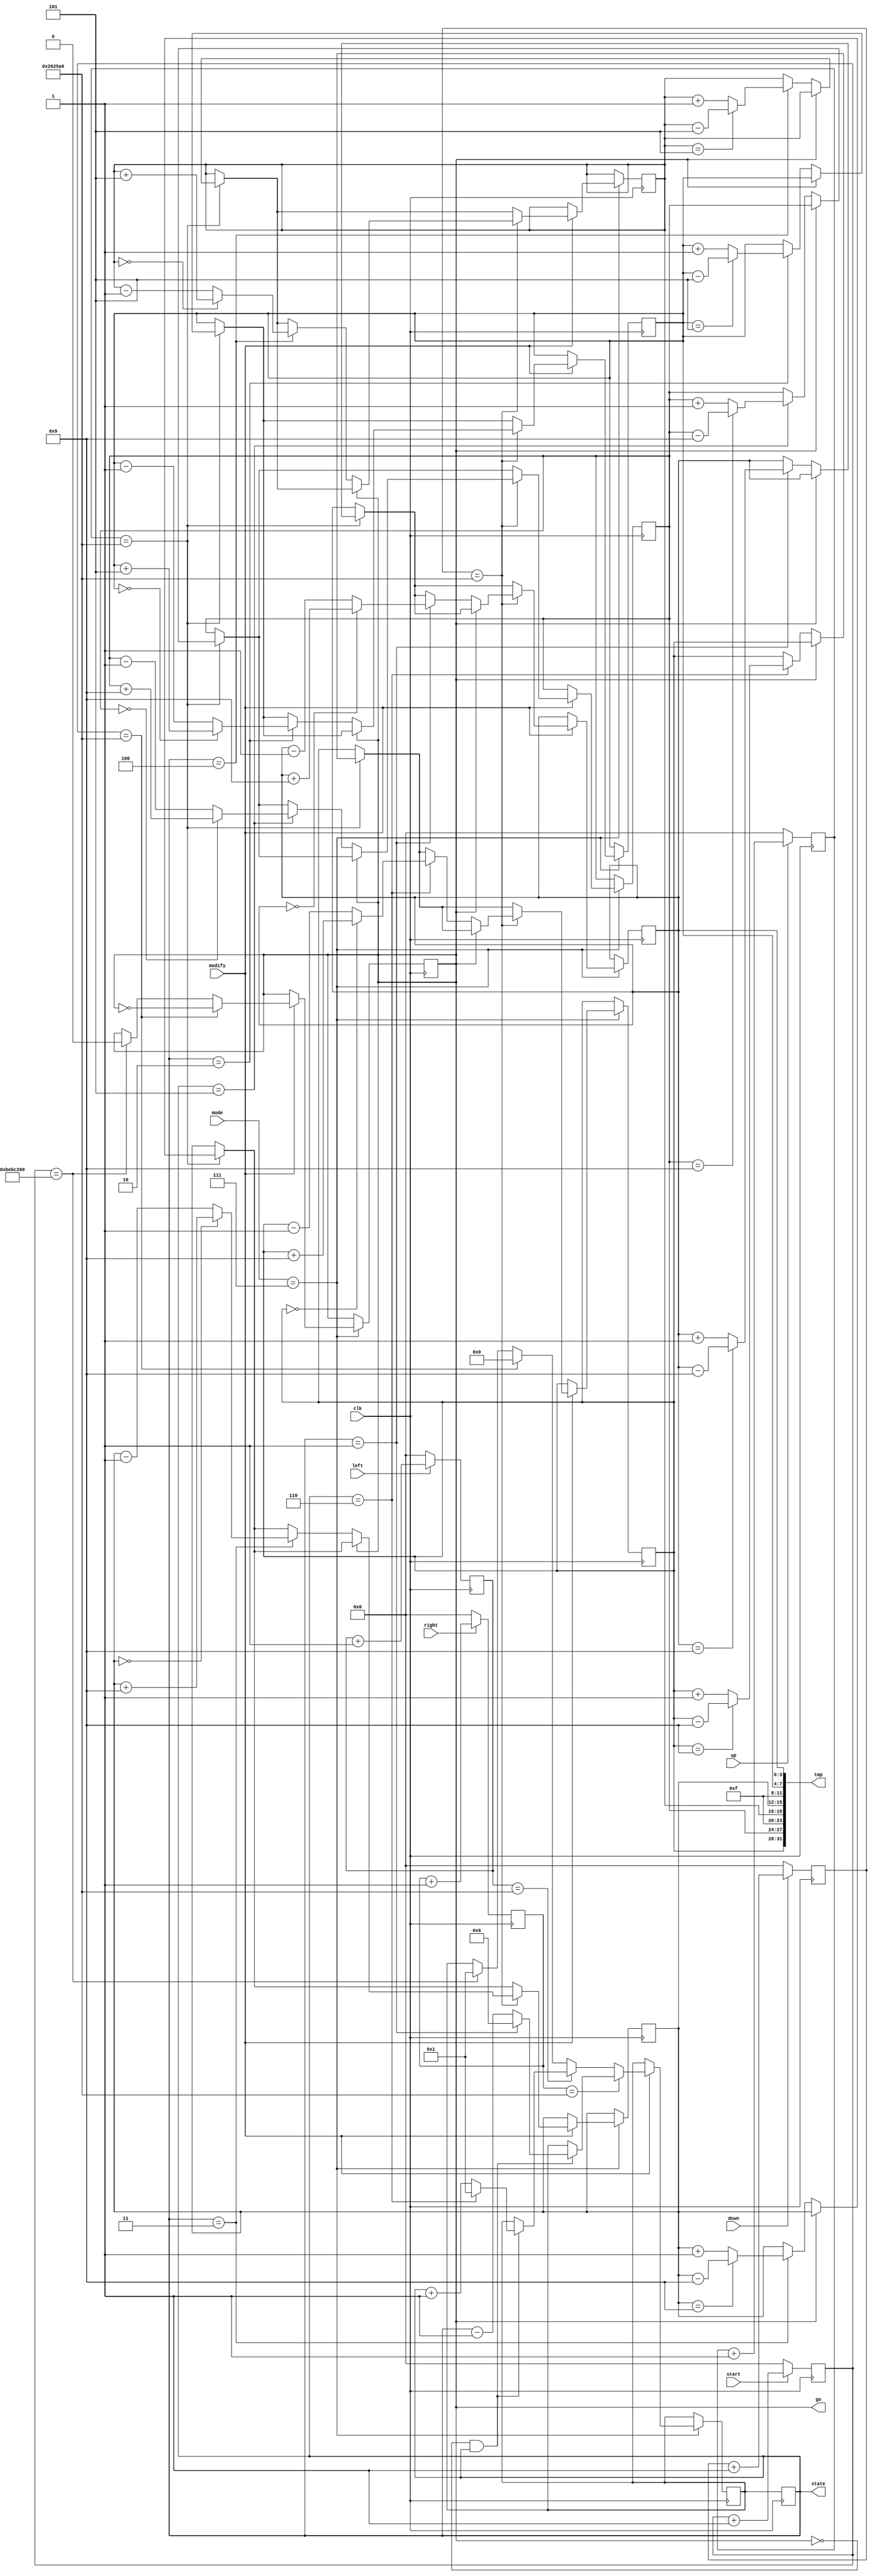
`timescale 1ns / 1ps

module set_countdown(clk,up,down,left,right,start,tmp,state,go,modify,mode);

    input clk,up,down,left,right,start,modify;
    input [3:0]mode;
    output [31:0]tmp;
    output [3:0]state;
    output reg go=0;
    
    
    parameter S0 = 0, 
              S1 = 1,
              S2 = 2,
              S3 = 3,
              S4 = 4,
              S5 = 5,
              S6 = 6, 
              S7 = 7; // end countdown
              
    reg[3:0] hr_10=1,hr_1=9,min_10=4,min_1=9,sec_10=5,sec_1=4;
    reg [31:0]counter=0;
    reg [6:0]min_count=0,hr_count=0;
    reg hr_clk=0,min_clk=0;
    reg [3:0]cur_state=S0,next_state=S0;
    reg sec_clk=0;
    reg sc=0,mc=0;
    reg [7:0] sec=56;
    reg [7:0] min=34;
    reg [7:0] hour=12;
    reg [31:0]time_counter=0;
    reg [31:0]up_counter=0;
    reg [31:0]down_counter=0;
    reg [31:0]left_counter=0;
    reg [31:0]right_counter=0;
    reg [31:0]time1_counter=0;
    integer i=0;   
    
    always@(posedge clk) begin
        if(start) begin
            time_counter <= time_counter + 1;
        end
        else
            time_counter <= 0;
    end
    
    always@(posedge clk) begin
    if(mode==7) begin
        if(modify) begin
        if(time_counter == 2500000) begin
           go <= ~go;
        end
        else if(time_counter == 200000000)
           go <= 0;
    end
    end
    end
//modify setting
    
    always@(posedge clk) begin
        cur_state <= next_state;
    end
    
    always@(posedge clk) begin
        if(up)
            up_counter <= up_counter + 1;
        else
            up_counter <= 0;
    end
    
    always@(posedge clk) begin
        if(down)
            down_counter <= down_counter + 1;
        else
            down_counter <= 0;
    end
    
   

    always@(posedge clk) begin
    if(mode == 7) begin
    if(modify) begin
        if(up_counter == 2500000) begin
        if(!go) begin
            case(cur_state)
                S1 : begin
                    if(sec_1 == 9) begin
                        sec_1 <= sec_1 - 9;
                    end
                    else begin
                        sec_1 <= sec_1 + 1;
                    end
                end
                S2 : begin
                    if(sec_10 == 5) begin
                        sec_10 <= sec_10 - 5;
                    end
                    else begin
                        sec_10 <= sec_10 + 1;
                    end
                end 
                S3 : begin
                    if(min_1 == 9) begin
                        min_1 <= min_1 - 9;
                    end
                    else begin
                        min_1 <= min_1 + 1;
                    end
                end
                S4 : begin
                    if(min_10 == 5) begin
                        min_10 <= min_10 - 5;
                    end
                    else begin
                        min_10 <= min_10 + 1;
                    end
                end
                S5 : begin
                    if(hr_1 == 9) begin
                        hr_1 <= hr_1 - 9;
                    end
                    else begin
                        hr_1 <= hr_1 + 1;
                    end
                end
                S6 : begin
                    if(hr_10 == 9) begin
                        hr_10  <= hr_10 -9;
                    end
                    else begin
                        hr_10  <= hr_10 + 1;
                    end
                end
            endcase
            end
        end
        if(down_counter == 2500000) begin
        if(!go) begin
            case(cur_state)
                S1 : begin
                    if(sec_1 == 0) begin
                        sec_1 <= sec_1 + 9;
                    end
                    else begin
                        sec_1 <= sec_1 - 1;
                    end
                end
                S2 : begin
                    if(sec_10 == 0) begin
                        sec_10 <= sec_10 + 5;
                    end
                    else begin
                        sec_10 <= sec_10 - 1;
                    end
                end 
                S3 : begin
                    if(min_1 == 0) begin
                        min_1 <= min_1 + 9;
                    end
                    else begin
                        min_1 <= min_1 - 1;
                    end
                end
                S4 : begin
                    if(min_10 == 0) begin
                        min_10 <= min_10 + 5;
                    end
                    else begin
                        min_10 <= min_10 - 1;
                    end
                end
                S5 : begin
                    if(hr_1 == 0)
                        hr_1 <= hr_1 + 9;
                    else
                        hr_1 <= hr_1 - 1;
                end
                S6 : begin
                    if(hr_10 == 0)
                        hr_10 <= hr_10 + 9;
                    else
                        hr_10 <= hr_10 - 1; 
                end
            endcase
            end
        end
    end
    end
    end
    
    always@(posedge clk) begin
        if(left)
            left_counter <= left_counter + 1;
        else
            left_counter <= 0;
    end
    
    always@(posedge clk) begin
        if(right)
            right_counter <= right_counter + 1;
        else
            right_counter <= 0;
    end
    
    always@(posedge clk) begin
    if(mode == 7) begin
    if(modify) begin
        if(right_counter == 2500000) begin
        if(!go && cur_state) begin
            case(cur_state)
                S1 :
                    next_state <= S6;
                default :
                    next_state <= cur_state - 1;
            endcase
        end
        end
        else if(left_counter == 2500000) begin
        if(!go && cur_state) begin
            case(cur_state)
                S6 :
                    next_state <= S1;
                default :
                    next_state <= cur_state + 1;
            endcase
        end
        end
        else if(time_counter == 2500000) begin
            next_state <= S0;
        end
        else if(time_counter == 200000000) begin
            next_state <= S1;
        end
    end
    end
    end 
    
    assign tmp = {hr_10,hr_1,4'hf,min_10,min_1,4'hf,sec_10,sec_1};
    assign state = cur_state;
    
endmodule